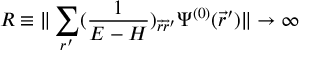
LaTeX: R \equiv \| \sum _ { r ^ { \prime } } ( \frac { 1 } { E - H } ) _ { \vec { r } \vec { r } ^ { \prime } } \Psi ^ { ( 0 ) } ( \vec { r } ^ { \prime } ) \| \rightarrow \infty